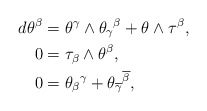
\begin{align*}d\theta ^{\beta }& =\theta ^{\gamma }\wedge \theta _{\gamma }{}^{\beta}+\theta \wedge \tau ^{\beta }, \\0& =\tau _{\beta }\wedge \theta ^{\beta }, \\0& =\theta _{\beta }{}^{\gamma }+\theta _{\overline{\gamma }}{}^{\overline{\beta }},\end{align*}